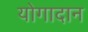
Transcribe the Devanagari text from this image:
योगादान